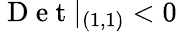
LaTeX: \mathrm{~D~e~t~}|_{(1,1)}<0